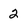
Character: 2